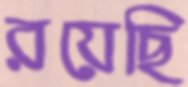
রয়েছি